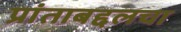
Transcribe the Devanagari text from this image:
प्रांताबद्दलचा